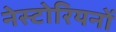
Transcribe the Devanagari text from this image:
नेस्टोरियनों